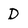
Character: D